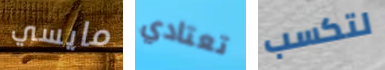
مايسي تعتادي لتكسب